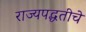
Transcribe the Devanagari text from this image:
राज्यपद्धतीचे